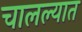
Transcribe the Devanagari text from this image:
चालल्यात